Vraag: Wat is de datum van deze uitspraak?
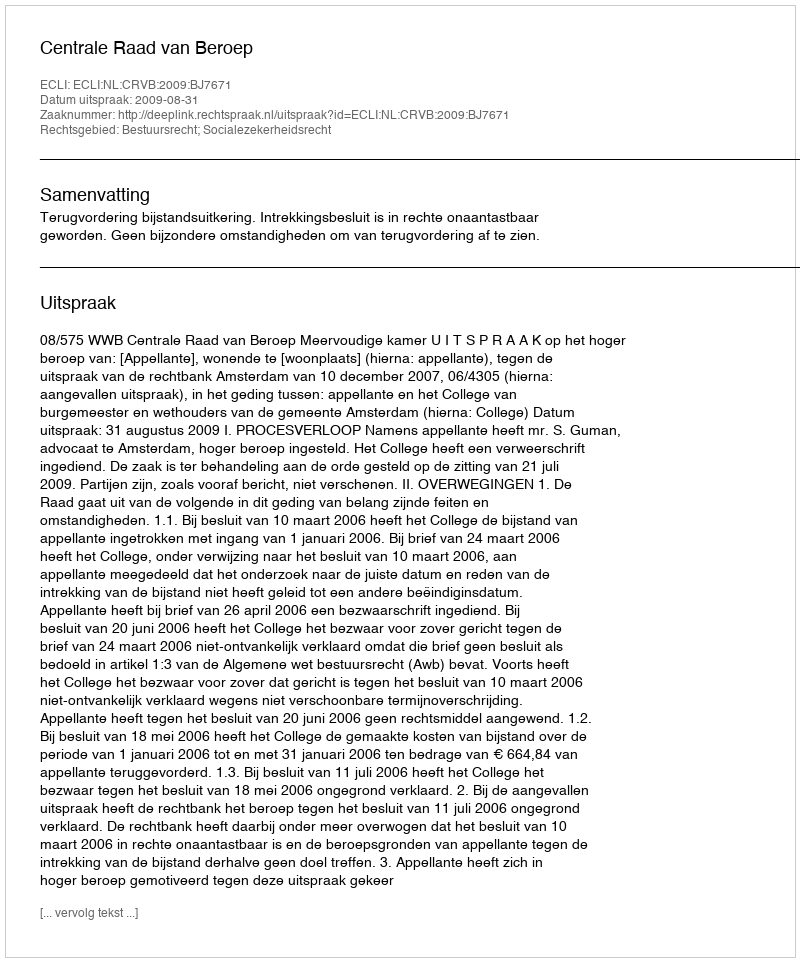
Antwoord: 2009-08-31